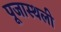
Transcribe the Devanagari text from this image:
पूजास्थली